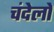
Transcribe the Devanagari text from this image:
चंदेलो